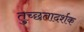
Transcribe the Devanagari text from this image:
तुच्छतादर्शक